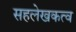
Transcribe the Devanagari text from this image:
सहलेखकत्व